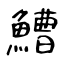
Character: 鰽